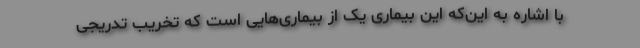
با اشاره به این‌که این بیماری یک از بیماری‌هایی است که تخریب تدریجی